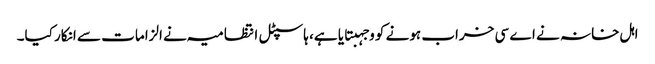
اہل خانہ نے اے سی خراب ہونے کو وجہبتایا ہے، ہاسپٹل انتظامیہ نے الزامات سے انکار کیا۔